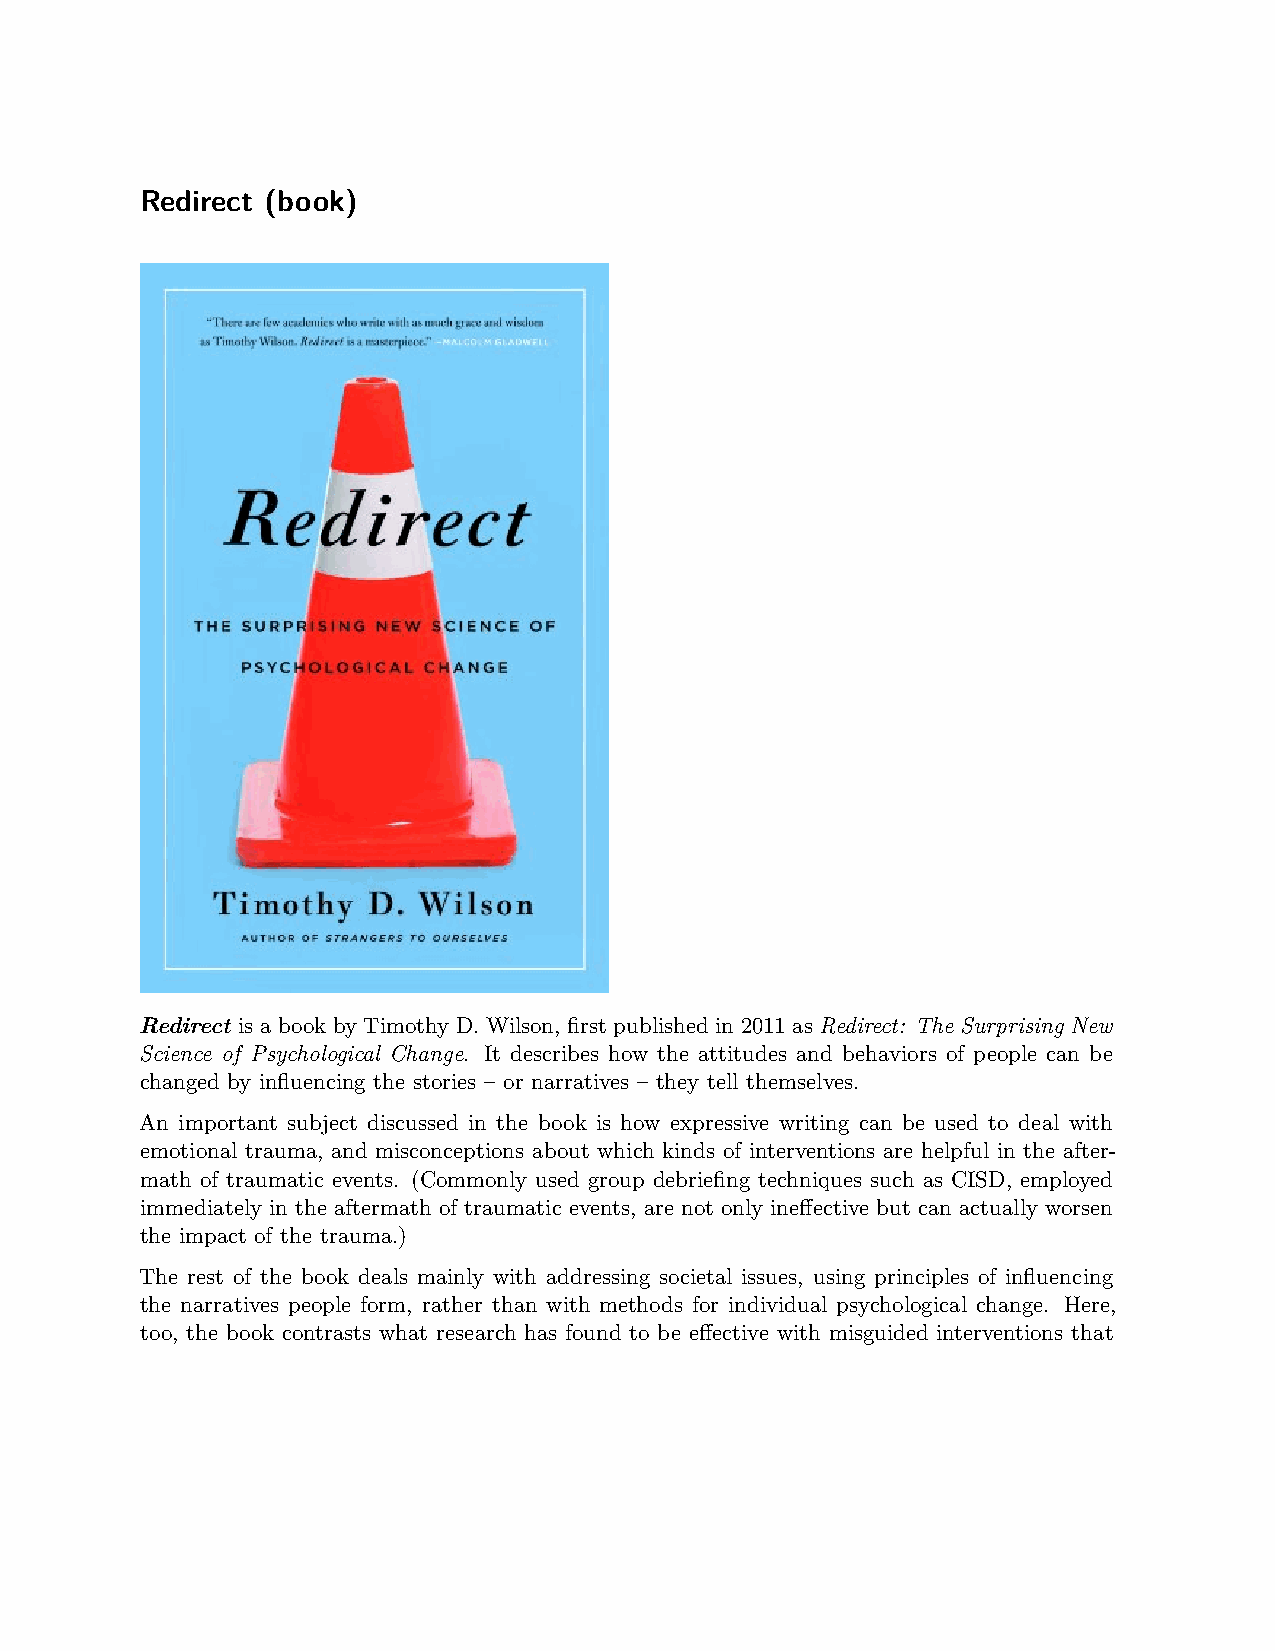
Redirect (book)
 Redirect is a book by Timothy D. Wilson, first published in 2011 as Redirect: The Surprising New
 Science of Psychological Change. It describes how the attitudes and behaviors of people can be
 changed by influencing the stories – or narratives – they tell themselves.
 An important subject discussed in the book is how expressive writing can be used to deal with
 emotional trauma, and misconceptions about which kinds of interventions are helpful in the after-
 math of traumatic events. (Commonly used group debriefing techniques such as CISD, employed
 immediately in the aftermath of traumatic events, are not only ineffective but can actually worsen
 the impact of the trauma.)
 The rest of the book deals mainly with addressing societal issues, using principles of influencing
 the narratives people form, rather than with methods for individual psychological change. Here,
 too, the book contrasts what research has found to be effective with misguided interventions that